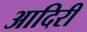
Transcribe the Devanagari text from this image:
आदिरी